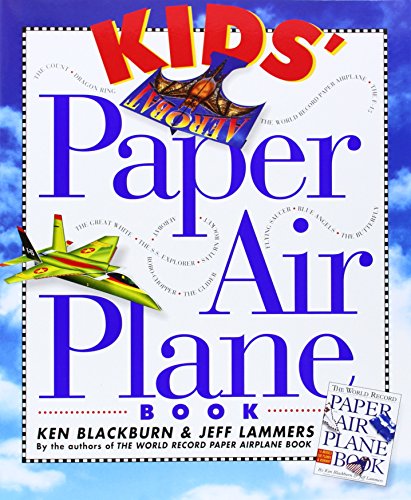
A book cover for Kids' Paper Airplane Book; Ken Blackburn; Children's Books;